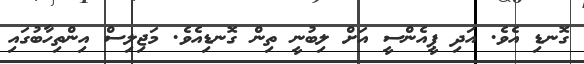
ގޮނޑި އެވެ. އަދި ޕީއެންސީ އަށް ލިބުނީ ތިން ގޮނޑިއެވެ. މަޖިލިސް އިންތިހާބުގައި